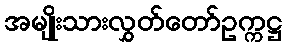
အမျိုးသားလွှတ်တော်ဥက္ကဋ္ဌ